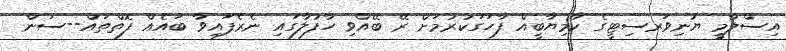
އިސްލާމީ ޔުނިވަރސިޓީގެ ކާމިޔާބީއް ފާހަގަކުރުމަށް ރޭ ބޭއްވި ހާފުލާގައި ނެރެފައިވާ ބައެއް ފޮތްތައް--ސަން